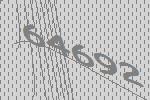
64692